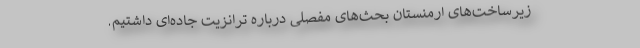
زیرساخت‌های ارمنستان بحث‌های مفصلی درباره ترانزیت جاده‌ای داشتیم.